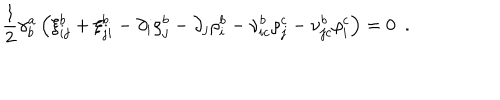
LaTeX: { \frac { 1 } { 2 } } \gamma _ { b } ^ { a } \left( \xi _ { i j } ^ { b } + \xi _ { j i } ^ { b } - \partial _ { i } \rho _ { j } ^ { b } - \partial _ { j } \rho _ { i } ^ { b } - \nu _ { i c } ^ { b } \rho _ { j } ^ { c } - \nu _ { j c } ^ { b } \rho _ { i } ^ { c } \right) = 0 \, \, \, .